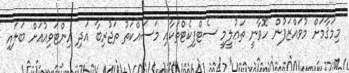
މިމަޤާމަށް މުވައްްޒަފުން ހޮވާނީ ތަޢުލީމީ ސެޓްފިކެޓްތަކާއި މަސައްކަތު ތަޖުރިބާ އަދި އިންޓަވިއުއަށް ބަލައިި